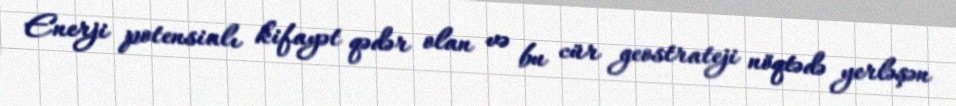
Enerji potensialı kifayət qədər olan və bu cür geostrateji nöqtədə yerləşən